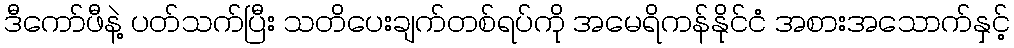
ဒီကော်ဖီနဲ့ ပတ်သက်ပြီး သတိပေးချက်တစ်ရပ်ကို အမေရိကန်နိုင်ငံ အစားအသောက်နှင့်